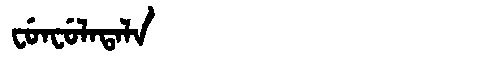
Manchu: ᠸᡠᠨᠸᡠᠯᠠᡨᠠᠯᠠ
Romanization: FUNFULATALA